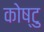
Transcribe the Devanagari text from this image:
कोष्टु